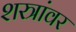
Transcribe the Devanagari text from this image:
शस्त्रांवर